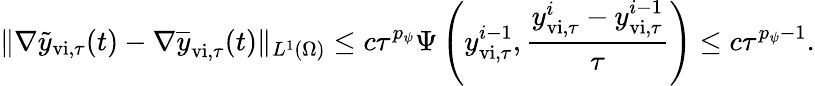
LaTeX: \| \nabla\widetilde{y}_{\mathrm{vi},\tau}(t)-\nabla\overline{{y}}_{\mathrm{vi},\tau}(t)\| _{L^{1}(\Omega)}\leq c\tau^{p_{\psi}}\Psi\left(y_{\mathrm{vi},\tau}^{i-1},\frac{{y}_{\mathrm{vi},\tau}^{i}-{y}_{\mathrm{vi},\tau}^{i-1}}{\tau}\right)\leq c\tau^{p_{\psi}-1}.